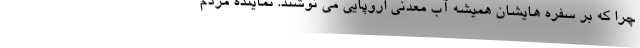
چرا که بر سفره هایشان همیشه آب معدنی اروپایی می نوشند. نماینده مردم